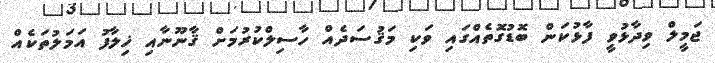
ޖަމީލް ވިދާޅުވީ ފާޅުކަން ބޮޑުގޮތެއްގައި ވަކި މަޤުސަދެއް ހާސިލްކުރުމަށް ޤާނޫނާއި ޚިލާފު އަމަލުތަކެއް